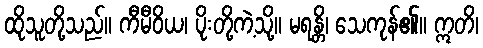
ထိုသူတို့သည်။ ကီမီဝိယ၊ ပိုးတို့ကဲ့သို့။ မရန္တိ၊ သေကုန်၏။ ဣတိ၊